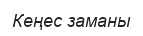
Кеңес заманы